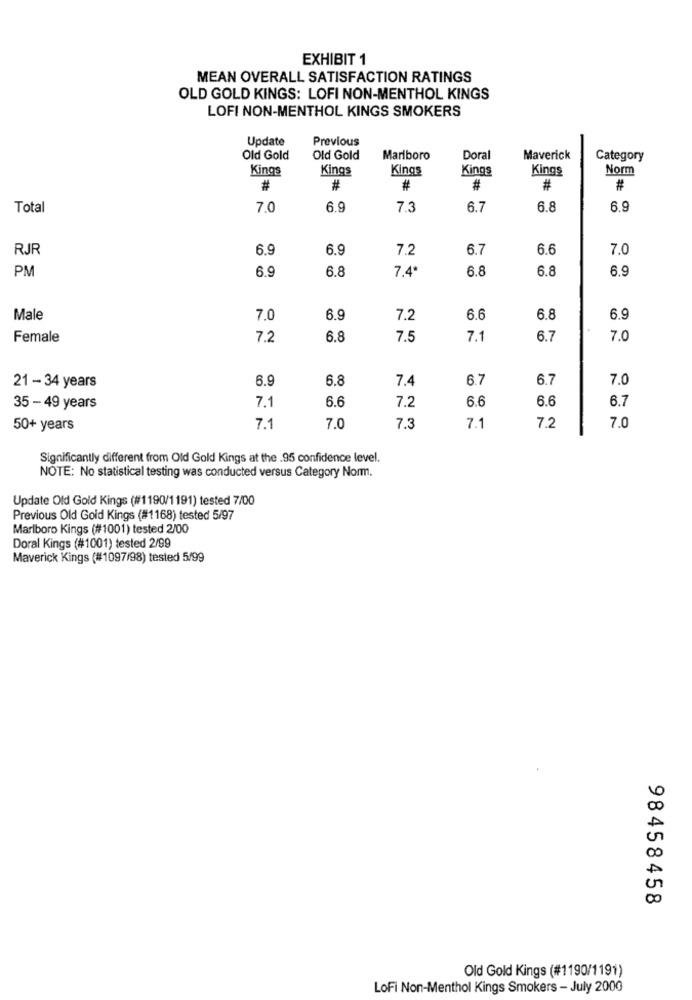
EXHIBIT 1
MEAN OVERALL SATISFACTION RATINGS
OLD GOLD KINGS: LOFI NON-MENTHOL KINGS
LOFI NON-MENTHOL KINGS SMOKERS
Update
Previous
Old Gold
Old Gold
Marlboro
Doral
Maverick
Category
Kings
Kings
Kings
Kings
Kings
Norm
#
#
#
#
#
#
Total
7.0
6.9
7.3
6.7
6.8
6.9
RJR
6.9
6.9
7.2
6.7
6.6
7.0
PM
6.8
7.4
6.8
6.8
6.9
6.9
Male
7.0
6.9
7.2
6.6
6.8
6.9
Female
7.2
6.8
7.5
7.1
6.7
7.0
6.9
6.8
7.4
6.7
6.7
7.0
21- 34 years
7.1
6.6
7.2
6.6
6.6
6.7
35 - 49 years
50+ years
7.1
7.0
7.3
7.1
7.2
7.0
Significantly different from Old Gold Kings at the .95 confidence level.
NOTE: No statistical testing was conducted versus Category Norm.
Update Old Gold Kings (#1190/1191) tested 7/00
Previous Old Gold Kings (#1168) tested 5/97
Marlboro Kings (#1001) tested 2/00
Doral Kings (#1001) tested 2/99
Maverick Kings (#1097/98) tested 5/99
0
00
98458458
Old Gold Kings (#1190/1191)
LoFi Non-Menthol Kings Smokers - July 2000